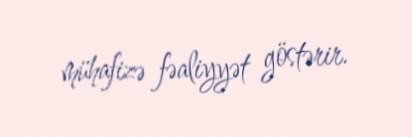
mühafizə fəaliyyət göstərir.